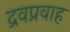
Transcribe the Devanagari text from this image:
द्रवप्रवाह